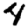
Digit: 4